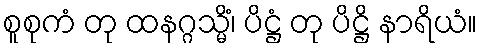
စူစုကံ တု ထနဂ္ဂသ္မိံ၊ ပိဋ္ဌံ တု ပိဋ္ဌိ နာရိယံ။